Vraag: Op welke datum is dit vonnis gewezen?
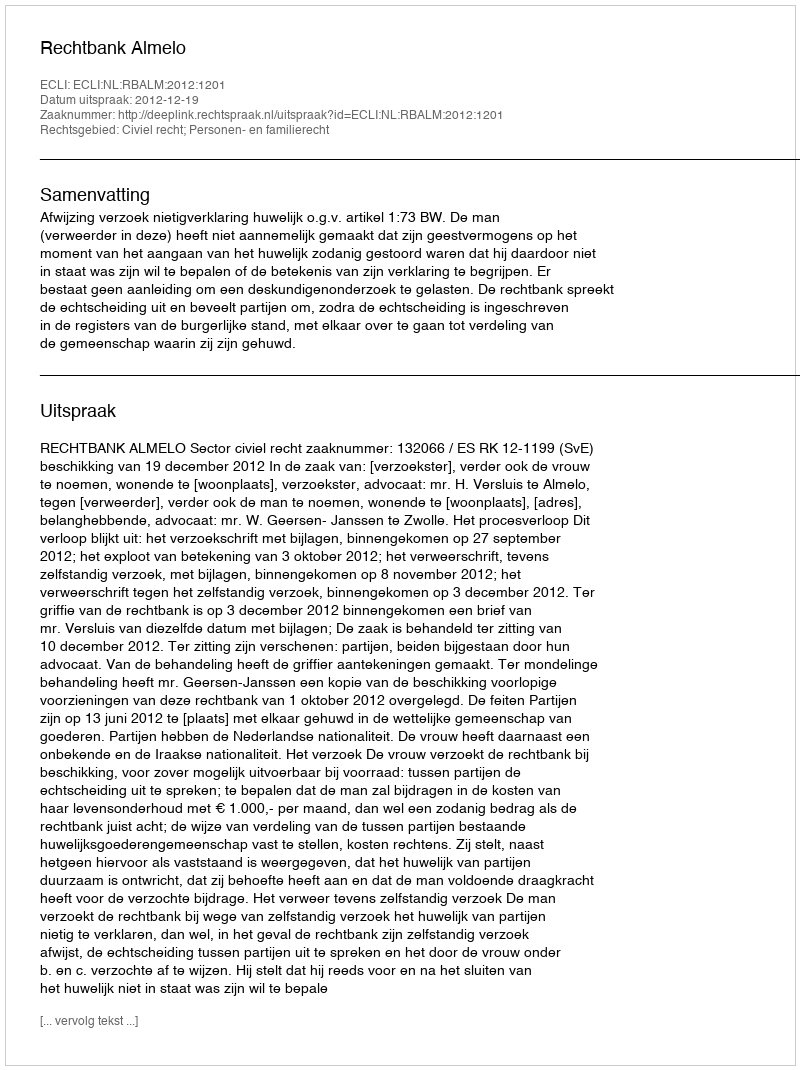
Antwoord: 2012-12-19